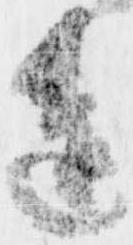
進